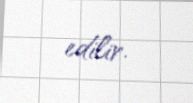
edilir.